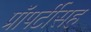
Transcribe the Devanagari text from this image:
प्रॉपर्टीसह